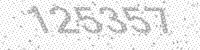
Solution: 125357